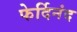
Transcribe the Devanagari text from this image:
फेर्दिनंद